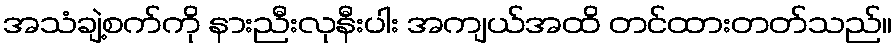
အသံချဲ့စက်ကို နားညီးလုနီးပါး အကျယ်အထိ တင်ထားတတ်သည်။